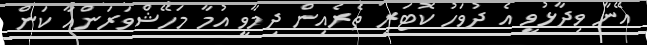
އޭނާ ވިދާޅުވީ އެ ދުވަހު ކޮޓަރި ތެރެއިން ދިމާވީ އުމާ މަހޭޝްވަރަންއާ ކަން